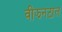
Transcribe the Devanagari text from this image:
वीझनटाल